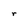
Character: r